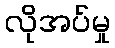
လိုအပ်မှု